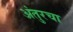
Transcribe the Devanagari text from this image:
अंतुरचा